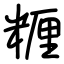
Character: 糎